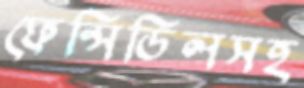
ফেন্সিডিলসহ